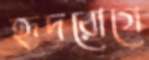
হৃদরোগে